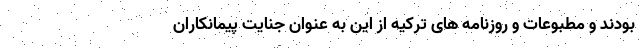
بودند و مطبوعات و روزنامه های ترکیه از این به عنوان جنایت پیمانکاران